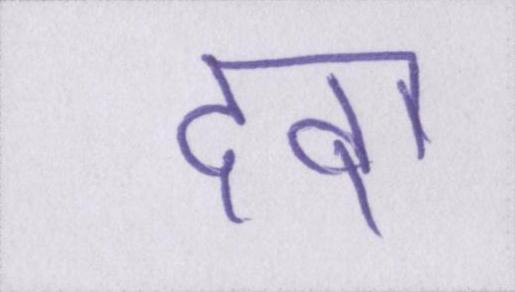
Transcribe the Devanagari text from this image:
दवा